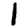
Digit: 1